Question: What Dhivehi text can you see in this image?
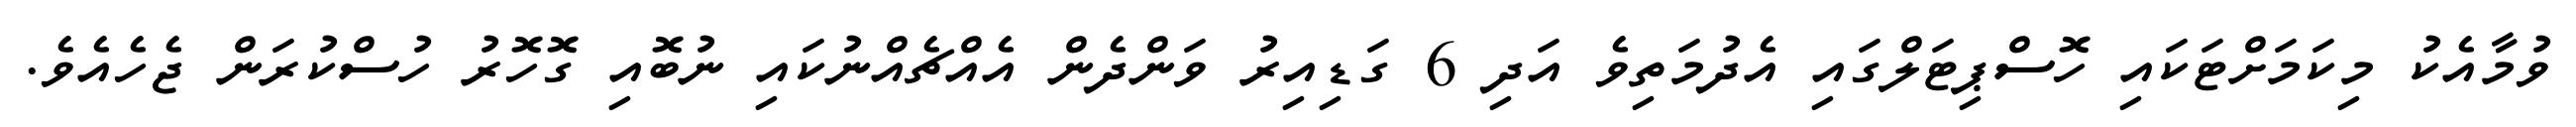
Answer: ވުމާއެކު މިކަމަށްޓަކައި ހޮސްޕިޓަލްގައި އެދުމަތިވެ އަދި 6 ގަޑިއިރު ވަންދެން އެއްޗެއްނުކައި ނުބޮއި ގޮހޮރު ހުސްކުރަން ޖެހެއެވެ.